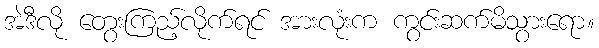
အဲဒီလို တွေးကြည့်လိုက်ရင် အားလုံးက ကွင်းဆက်မိသွားရော။